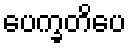
ပေက္ခတိပေ